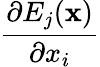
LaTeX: \frac{\partial E_{j}({\mathbf{x}})}{\partial x_{i}}